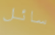
سائل